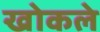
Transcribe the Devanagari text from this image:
खोकले